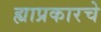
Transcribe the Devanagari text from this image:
ह्याप्रकारचे